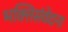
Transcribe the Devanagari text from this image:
भक्तिसंवेदना